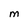
Character: M